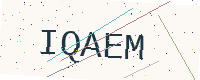
Text: IQAEM